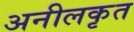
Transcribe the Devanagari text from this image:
अनीलकृत